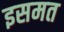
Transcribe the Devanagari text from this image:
इसमत